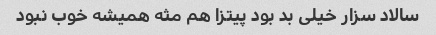
سالاد سزار خیلی بد بود پیتزا هم مثه همیشه خوب نبود